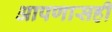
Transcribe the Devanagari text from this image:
आपणासही